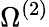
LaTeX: \Omega^{(2)}